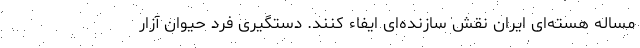
مساله هسته‌ای ایران نقش سازنده‌ای ایفاء کنند. دستگیری فرد حیوان آزار